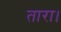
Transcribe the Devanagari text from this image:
तारा।